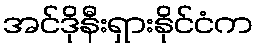
အင်ဒိုနီးရှားနိုင်ငံက